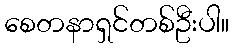
စေတနာရှင်တစ်ဦးပါ။